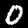
Label: 0